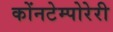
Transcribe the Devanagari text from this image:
कोंनटेम्पोरेरी